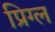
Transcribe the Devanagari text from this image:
प्रिग्ल